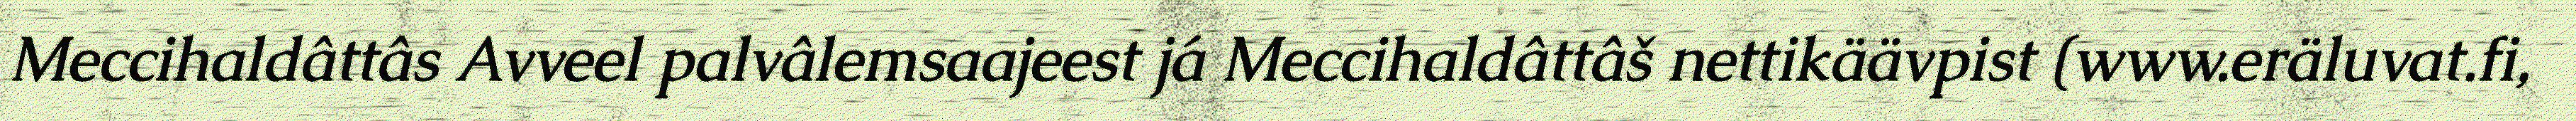
Meccihaldâttâs Avveel palvâlemsaajeest já Meccihaldâttâš nettikäävpist (www.eräluvat.fi,